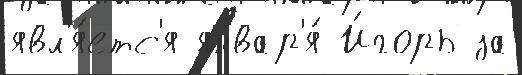
явл'я́етс'я январ'я́ И́горь за